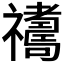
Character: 𥜣